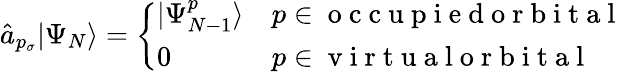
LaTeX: \hat{a}_{p_{\sigma}}|\Psi_{N}\rangle=\left\{ \begin{array}{ll}{|\Psi_{N-1}^{p}\rangle}&{p\in\mathrm{~o~c~c~u~p~i~e~d~o~r~b~i~t~a~l~}}\\ {0}&{p\in\mathrm{~v~i~r~t~u~a~l~o~r~b~i~t~a~l~}}\end{array}\right.